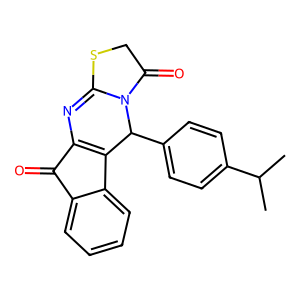
SMILES: CC(C)c1ccc(C2C3=C(N=C4SCC(=O)N42)C(=O)c2ccccc23)cc1
Inhibits HIV replication: No